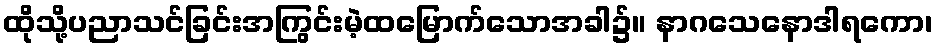
ထိုသို့ပညာသင်ခြင်းအကြွင်းမဲ့ထမြောက်သောအခါ၌။ နာဂသေနောဒါရကော၊